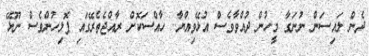
ދެން ލައިސަން ނުނަގާ މީހުން ދުއްވާވެސް އުޅޭވިއްޔާ.. ހާއްސަކޮށް ރާއްޖެތެރޭގައި ޕޮލިހުންވެސް ނޫޅޭ